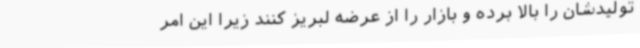
تولیدشان را بالا برده و بازار را از عرضه لبریز کنند زیرا این امر